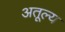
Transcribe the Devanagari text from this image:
अतूल्य